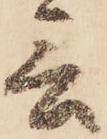
言